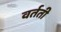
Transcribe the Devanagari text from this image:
वर्तती